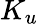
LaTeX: K_{u}